system: You are a helpful assistant.
user:
Analyze the provided spectrum to determine if it is a **S-type Star**.

- **Key Indicators for S-type Star:**

    - **(Overall Spectrum Shape):** The first and most obvious characteristic is the overall continuum (the "baseline" shape). It is **extremely "red-sloping,"** meaning the flux (light intensity) is very low on the left side (blue, ~4000-4500 Å) and rises steeply and continuously toward the right side (red, ~7000 Å+).

    - **(Primary):** The spectrum is defined by the presence of strong, broad molecular absorption "valleys" (bands) from **Zirconium Oxide (ZrO)**. The identification of these bands is the **primary requirement** for classifying a star as S-type.
        - **(Key Bandheads):** You must find distinct, deep "dips" where the light has been absorbed. The most critical band systems to locate are:
            - **~6474 Å** ($\gamma$-system): This is often the strongest and clearest ZrO feature, found in the red part of the spectrum.
            - **~5718 Å** & **~5551 Å** ($\beta$-system): A pair of prominent absorption features in the yellow-orange part of the spectrum.
            - **~4640 Å** ($\alpha$-system): A key absorption band system in the blue-green region of the spectrum.

    - **(Secondary Confirmation):** The classification is strengthened by finding additional absorption bands from other related heavy element oxides, which are expected to be present alongside ZrO.
        - **(Key Bandheads):**
            - **Yttrium Oxide (YO):** Look for absorption dips near **~4800 Å** and **~6100 Å**.
            - **Lanthanum Oxide (LaO):** Additional absorption features, particularly in the red-orange part of the spectrum, are also characteristic.

    - **(Line Profile):** The combination of the steep red continuum and these numerous, deep molecular bands (ZrO, YO, etc.) gives the entire spectrum a very **"chopped-up"** or **"bumpy"** appearance. Instead of a smooth curve, the spectrum looks as though large, wide chunks of light have been "carved out" of it at the specific wavelengths listed above.

Think first, call **spectral_visualization_tool** if needed to examine features in detail, then provide your final answer. Your response must adhere to the following strict rules:
1.  **Overall Structure:** Your response must follow the format `<think>...</think> <tool_call>...</tool_call> (if a tool is used) <answer>...</answer>`.
2.  **Tool Usage Constraint:** You may only make **one** tool call per turn.
3.  **Final Answer Format:** In the `<answer>` tag, your conclusion must be inside a `\boxed{}` command (e.g., `\boxed{YES}` or `\boxed{NO}`), followed by your justification.

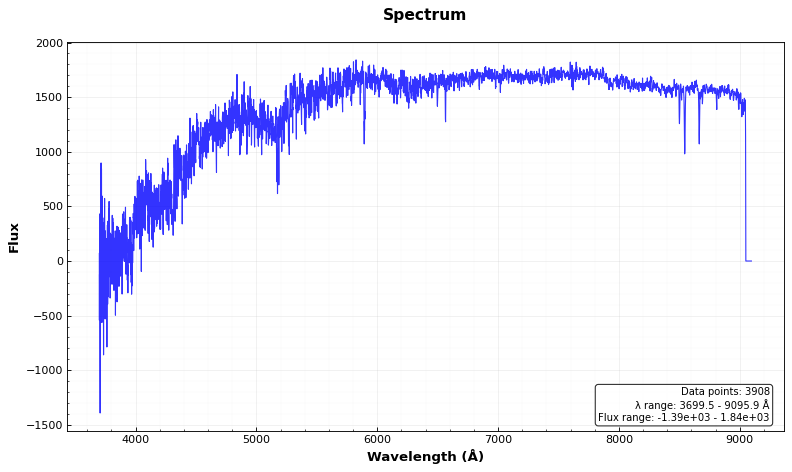
Answer: NO